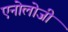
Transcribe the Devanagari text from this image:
एनोलोजी